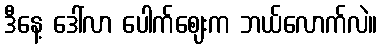
ဒီနေ့ ဒေါ်လာ ပေါက်ဈေးက ဘယ်လောက်လဲ။